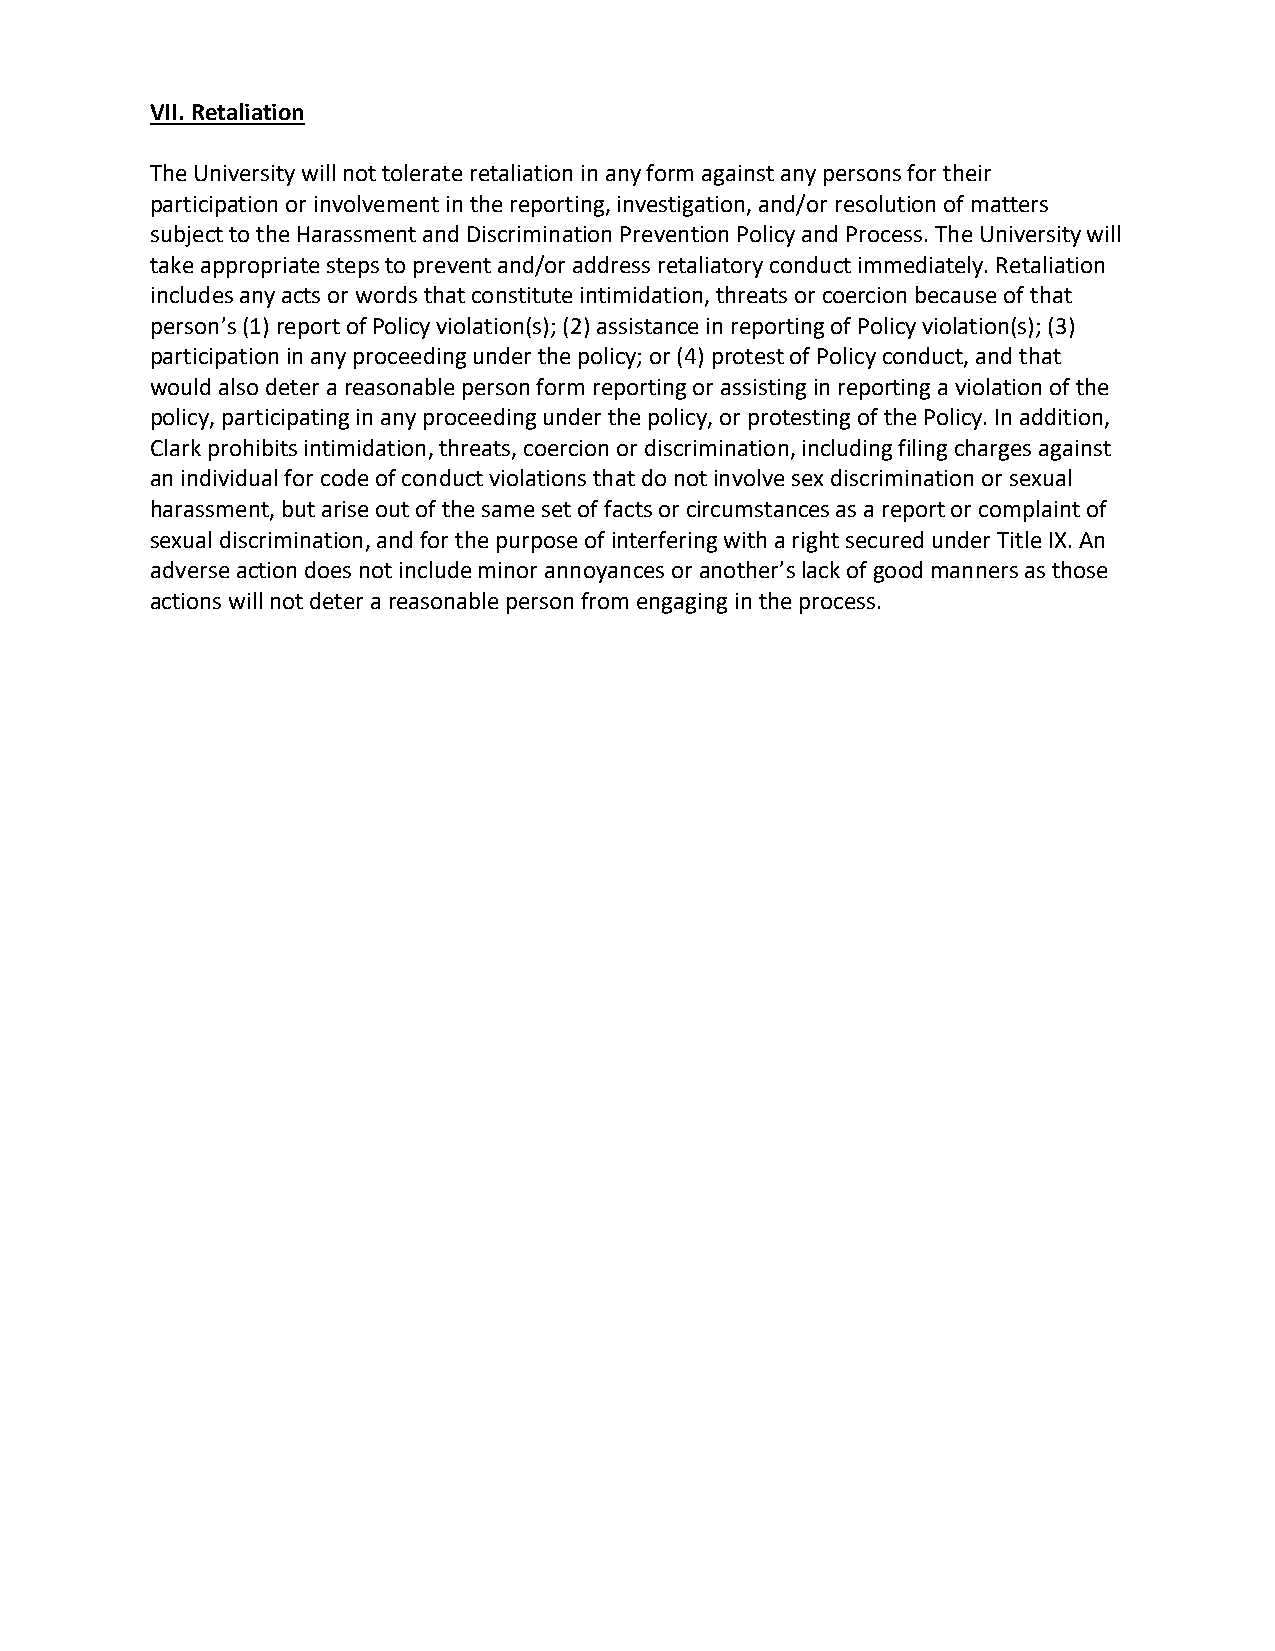
VII. Retaliation
 The University will not tolerate retaliation in any form against any persons for their
 participation or involvement in the reporting, investigation, and/or resolution of matters
 subject to the Harassment and Discrimination Prevention Policy and Process. The University will
 take appropriate steps to prevent and/or address retaliatory conduct immediately. Retaliation
 includes any acts or words that constitute intimidation, threats or coercion because of that
 person’s (1) report of Policy violation(s); (2) assistance in reporting of Policy violation(s); (3)
 participation in any proceeding under the policy; or (4) protest of Policy conduct, and that
 would also deter a reasonable person form reporting or assisting in reporting a violation of the
 policy, participating in any proceeding under the policy, or protesting of the Policy. In addition,
 Clark prohibits intimidation, threats, coercion or discrimination, including filing charges against
 an individual for code of conduct violations that do not involve sex discrimination or sexual
 harassment, but arise out of the same set of facts or circumstances as a report or complaint of
 sexual discrimination, and for the purpose of interfering with a right secured under Title IX. An
 adverse action does not include minor annoyances or another’s lack of good manners as those
 actions will not deter a reasonable person from engaging in the process.